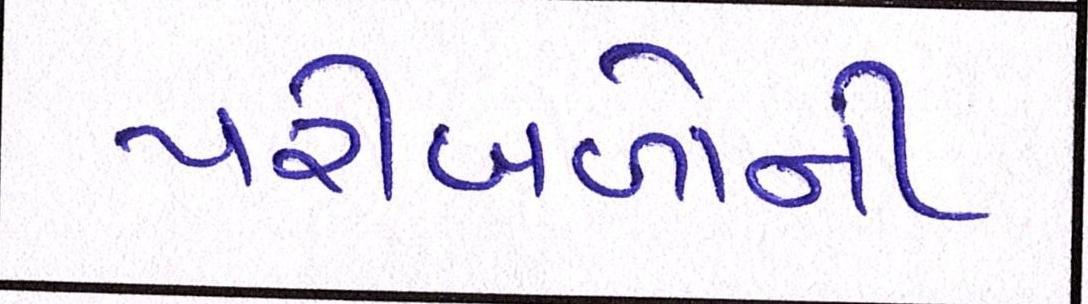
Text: પરીબળોની